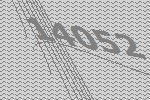
14052